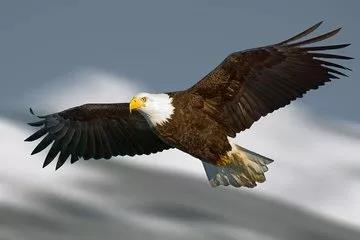
寄言燕雀莫相啅，自有云霄万里高。